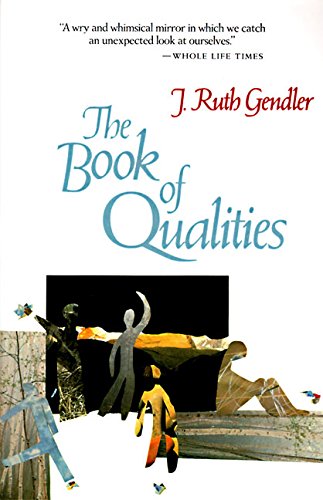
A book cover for The Book of Qualities; J. Ruth Gendler; Health, Fitness & Dieting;